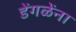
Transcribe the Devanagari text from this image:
डेंगळेंना